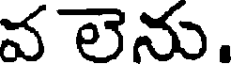
వ లెను.